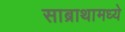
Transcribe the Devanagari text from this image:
साब्राथामध्ये